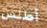
أطلس